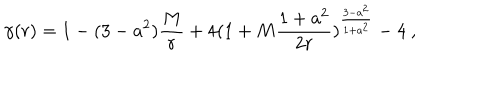
LaTeX: \gamma ( r ) = 1 - ( 3 - a ^ { 2 } ) { \frac { M } { r } } + 4 ( 1 + M { \frac { 1 + a ^ { 2 } } { 2 r } } ) ^ { \frac { 3 - a ^ { 2 } } { 1 + a ^ { 2 } } } - 4 \ ,